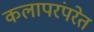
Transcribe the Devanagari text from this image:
कलापरंपरेत